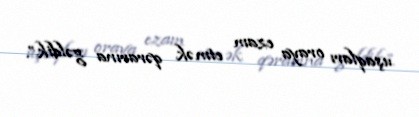
uşaqları oraya ezam etmək qərarına gəldik”.